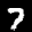
Label: 7